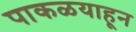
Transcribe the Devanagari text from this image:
पाकळयाहून